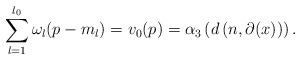
LaTeX: \begin{align*} \sum_{l=1}^{l_0} \omega_l(p-m_l) = v_0(p) = \alpha_3\left(d\left(n,\partial(x)\right)\right).\end{align*}